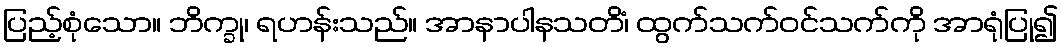
ပြည့်စုံသော။ ဘိက္ခု၊ ရဟန်းသည်။ အာနာပါနသတိံ၊ ထွက်သက်ဝင်သက်ကို အာရုံပြု၍